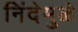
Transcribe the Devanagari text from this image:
निंदेमुळे